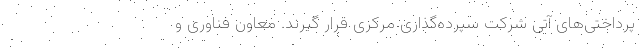
پرداختی‌های آتی شرکت سپرده‌گذاری مرکزی قرار گیرند. معاون فناوری و